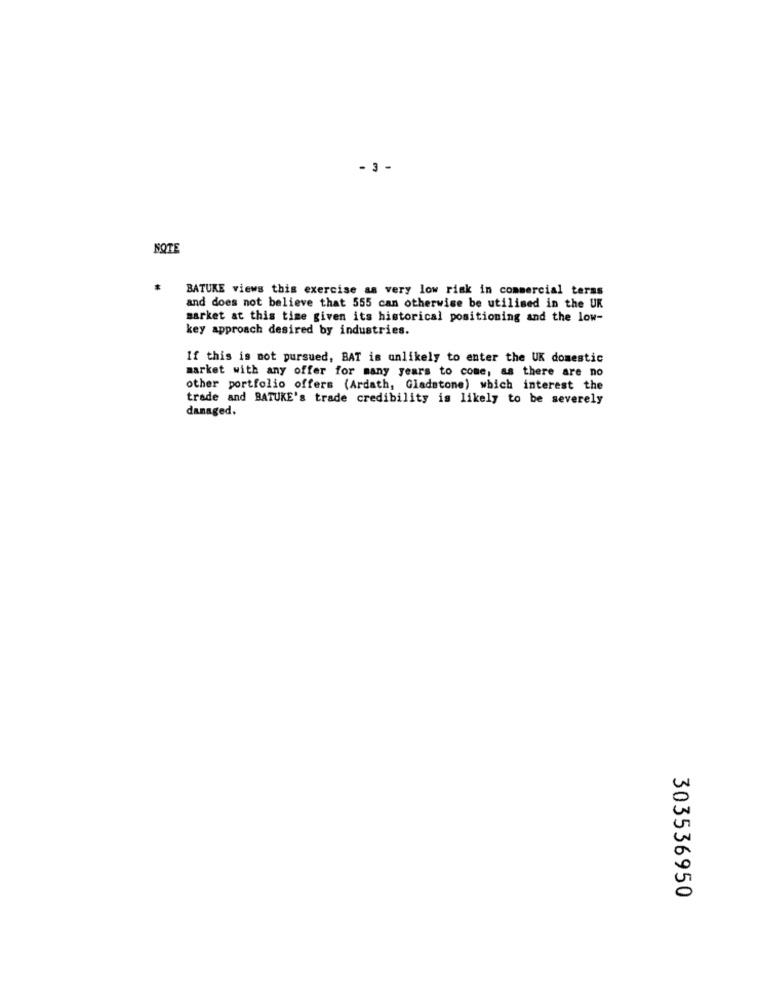
- 3 -
NOTE
BATUKE views this exercise as very low risk in commercial teras
and does not believe that 555 can otherwise be utilised in the UK
market at this time given its historical positioning and the low-
key approach desired by industries.
If this is not pursued, BAT is unlikely to enter the UK domestic
market with any offer for many years to come, as there are no
other portfolio offers (Ardath, Gladstone) which interest the
trade and BATUKE's trade credibility is likely to be severely
danaged.
303536950